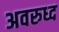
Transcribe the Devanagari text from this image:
अवरुध्द